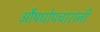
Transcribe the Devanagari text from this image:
औषधोपचारांनी